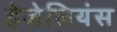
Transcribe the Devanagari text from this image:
हेजेलियंस